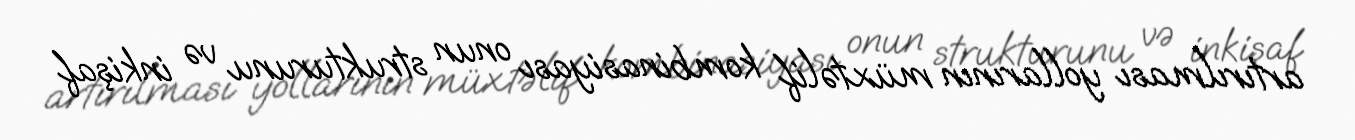
artırılması yollarının müxtəlif kombinasiyası onun strukturunu və inkişaf